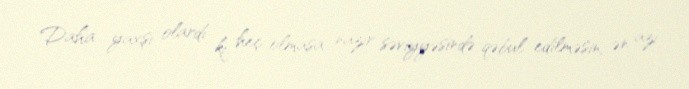
Daha yaxşı olardı ki, heç olmasa nazir səviyyəsində qəbul edilməsin, ən azı